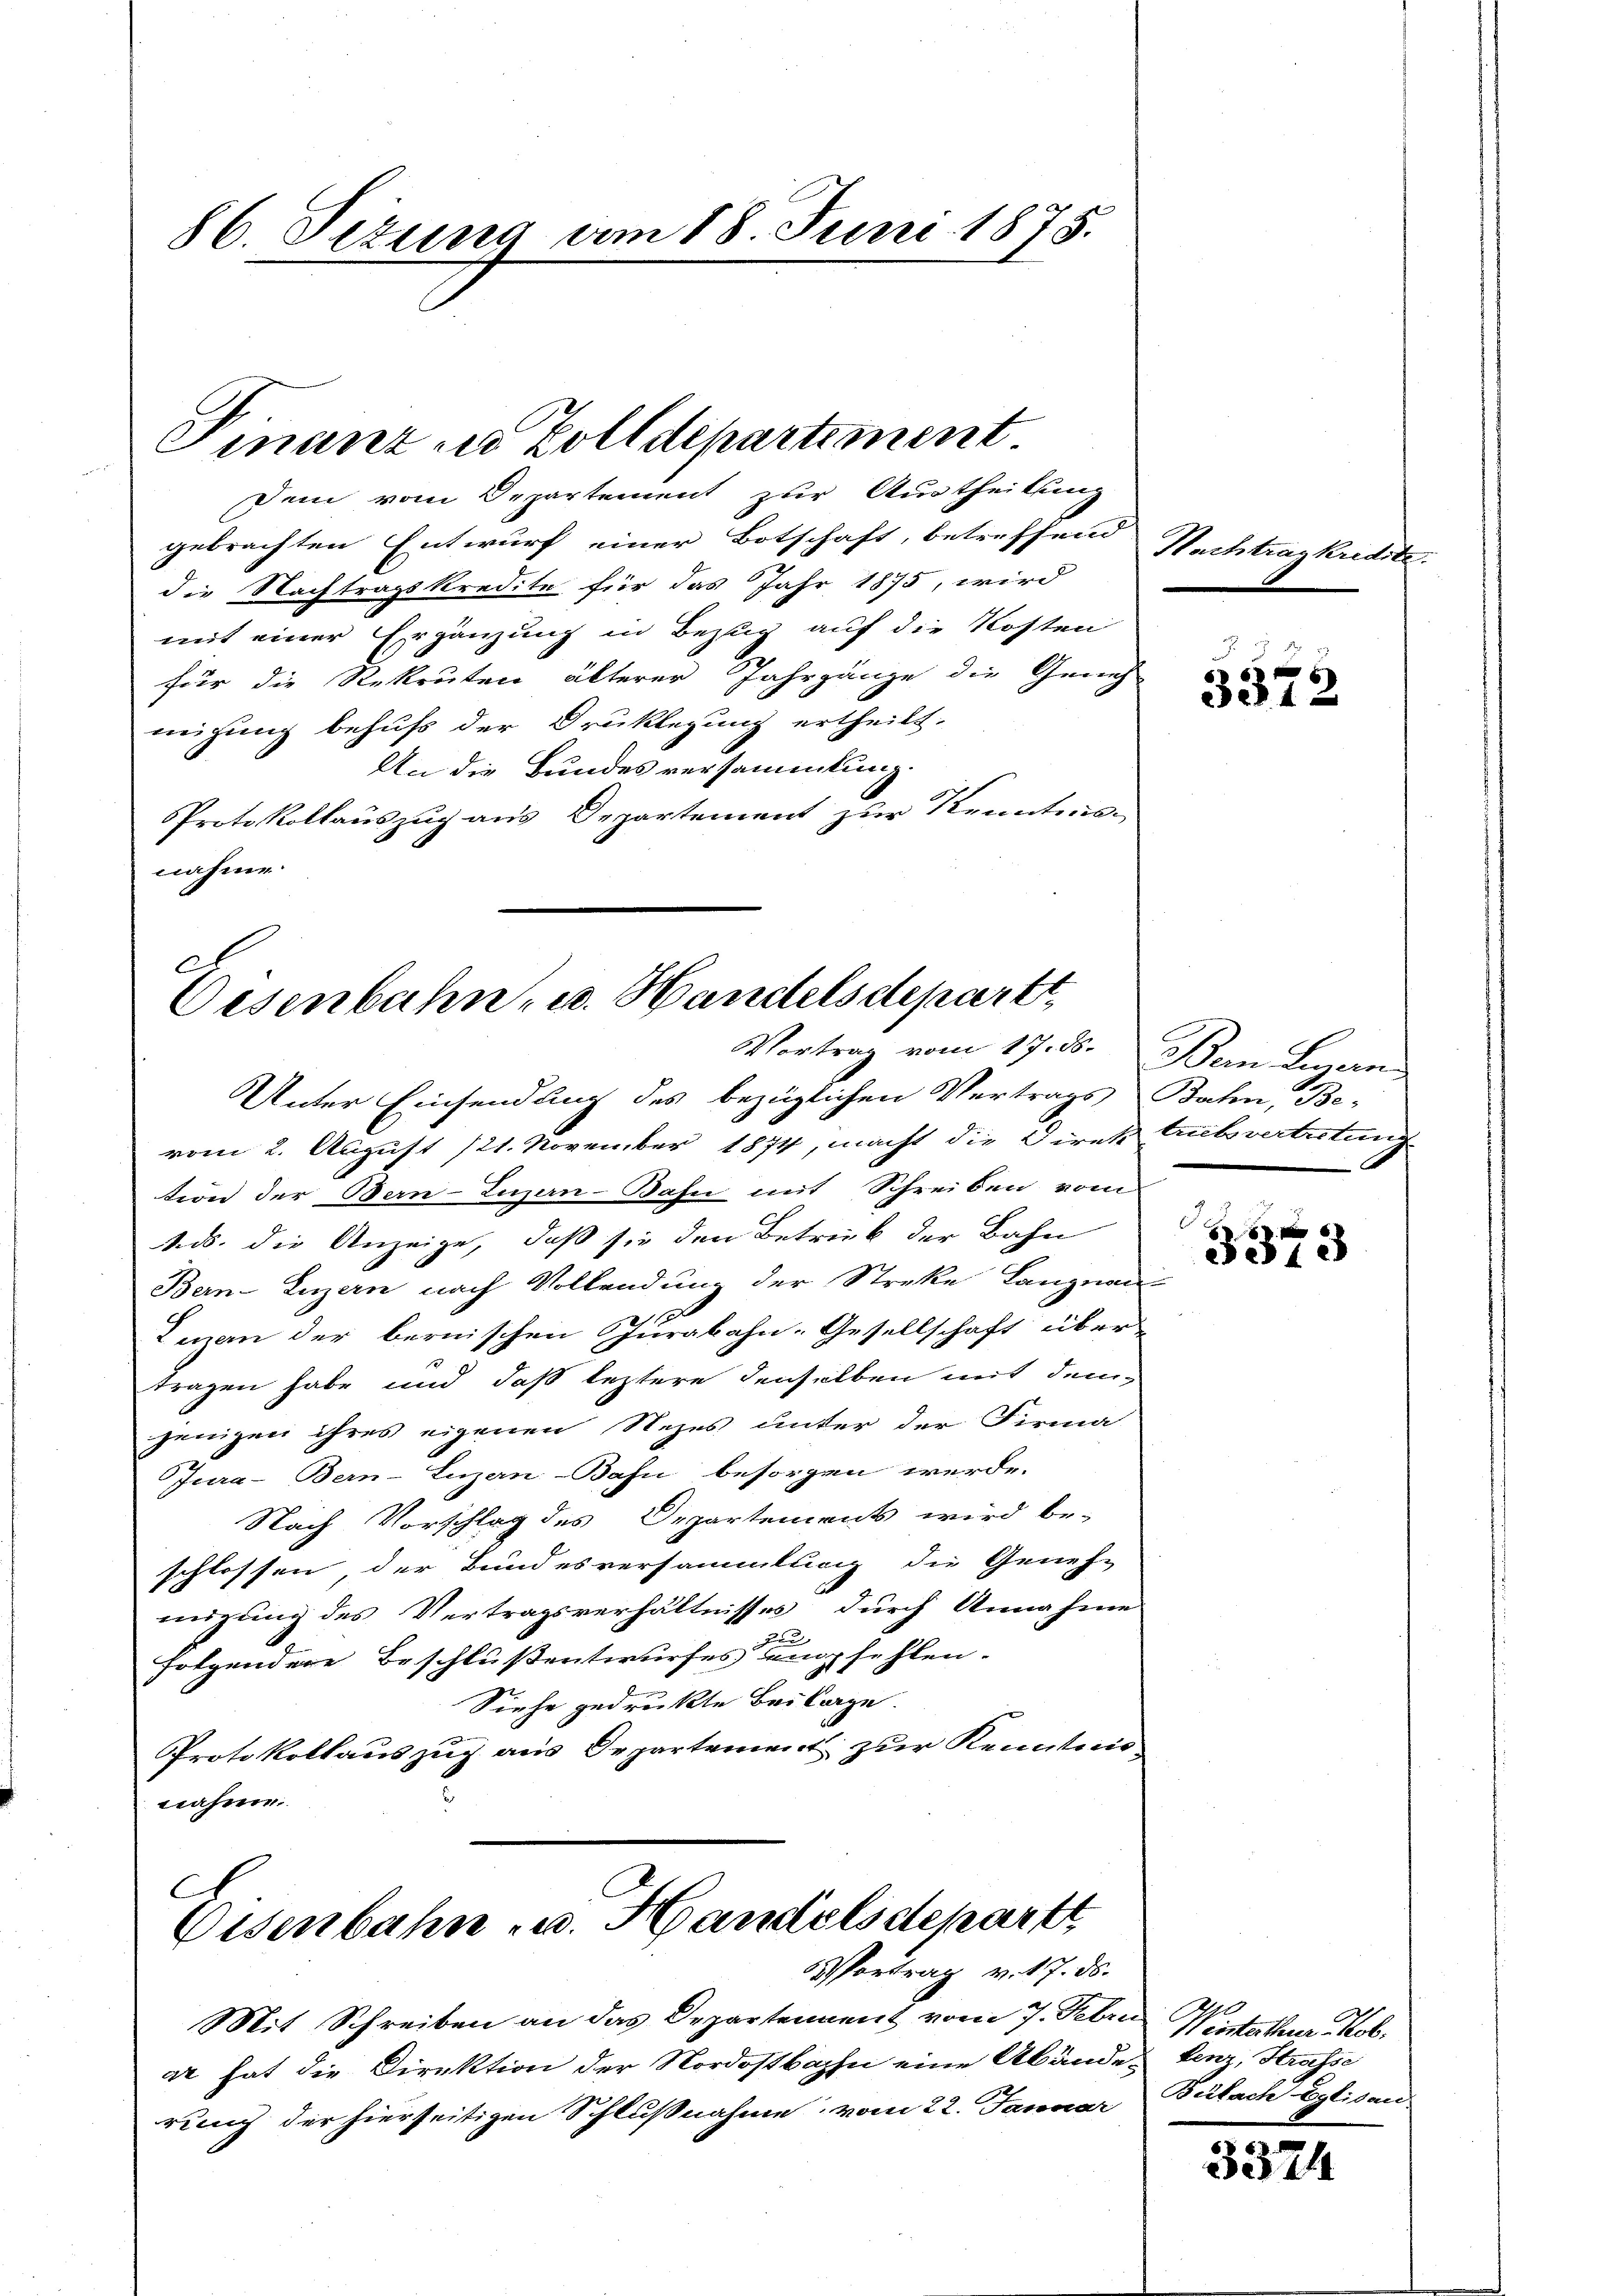
86. Sizung am 18. Juni 1875.

Finanz in Zolldepartement

Dein vom Departement zur Austheilung
gebrachten Entwurf einer Botschaft, betreffend
die Nachtragskredite für das Jahr 1875, wird
mit einer Ergänzung in Bezug auf die Kosten
für die Rekruten älterer Jahrgänge die Geneh
neigung behufs der Druklegung ertheilt.
An die Bundesversammlung.
Protokollauszug aus Departement zur Kenntnisnahme.
Unter Einsendung des bezüglichen Vertrags
vom 2. August 121. November 1874, macht die Direktubsvertretung
tion der Bern-Luzern-Bahn mit Schreiben vom
ads. die Anzeige, daß sie den Betrieb der Bahn
Bern-Luzern nach Vollendung der Streke Lanznau
Lezan der bernischen Jurabahn-Gesellschaft über
tragen habe und daß leztere denselben mit dem
jenigen ihres eigenen Nezes unter der Firma-
Jura-Bern-Luzern-Bahn besorgen werde.
Nach Vorschlag des Departements wird be-
schlossen, der Bundesversammlung die Geneh-
migung des Vertragsverhältnisses durch Annahme
folgendere Beschlußentwurfes empfehlen.
Siehe gedruckte Beilage.
Protokollauszug aus Departement zur Kenntnisnahme.
A
Eisenbahn- u. Handelsdepartt,

C
Oesenbahn- u. Handelsdepartt
Vortrag vom 17. d. Bern Linern

6 Vortrag v. 17. ds.

Mit Schreiben an das Departennent vom 7. Febr. Winterthur Mob.
ar hat die Direktion der Nordostbahn eine Abände Lenz, Strasse
rung der hierseitigen Schlußnahme vom 22. Januar Bülach Eglisau

Nachtrankredite.

e

3372

Bahn, Be¬
.
e

6x
e12

3374